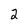
Character: 2